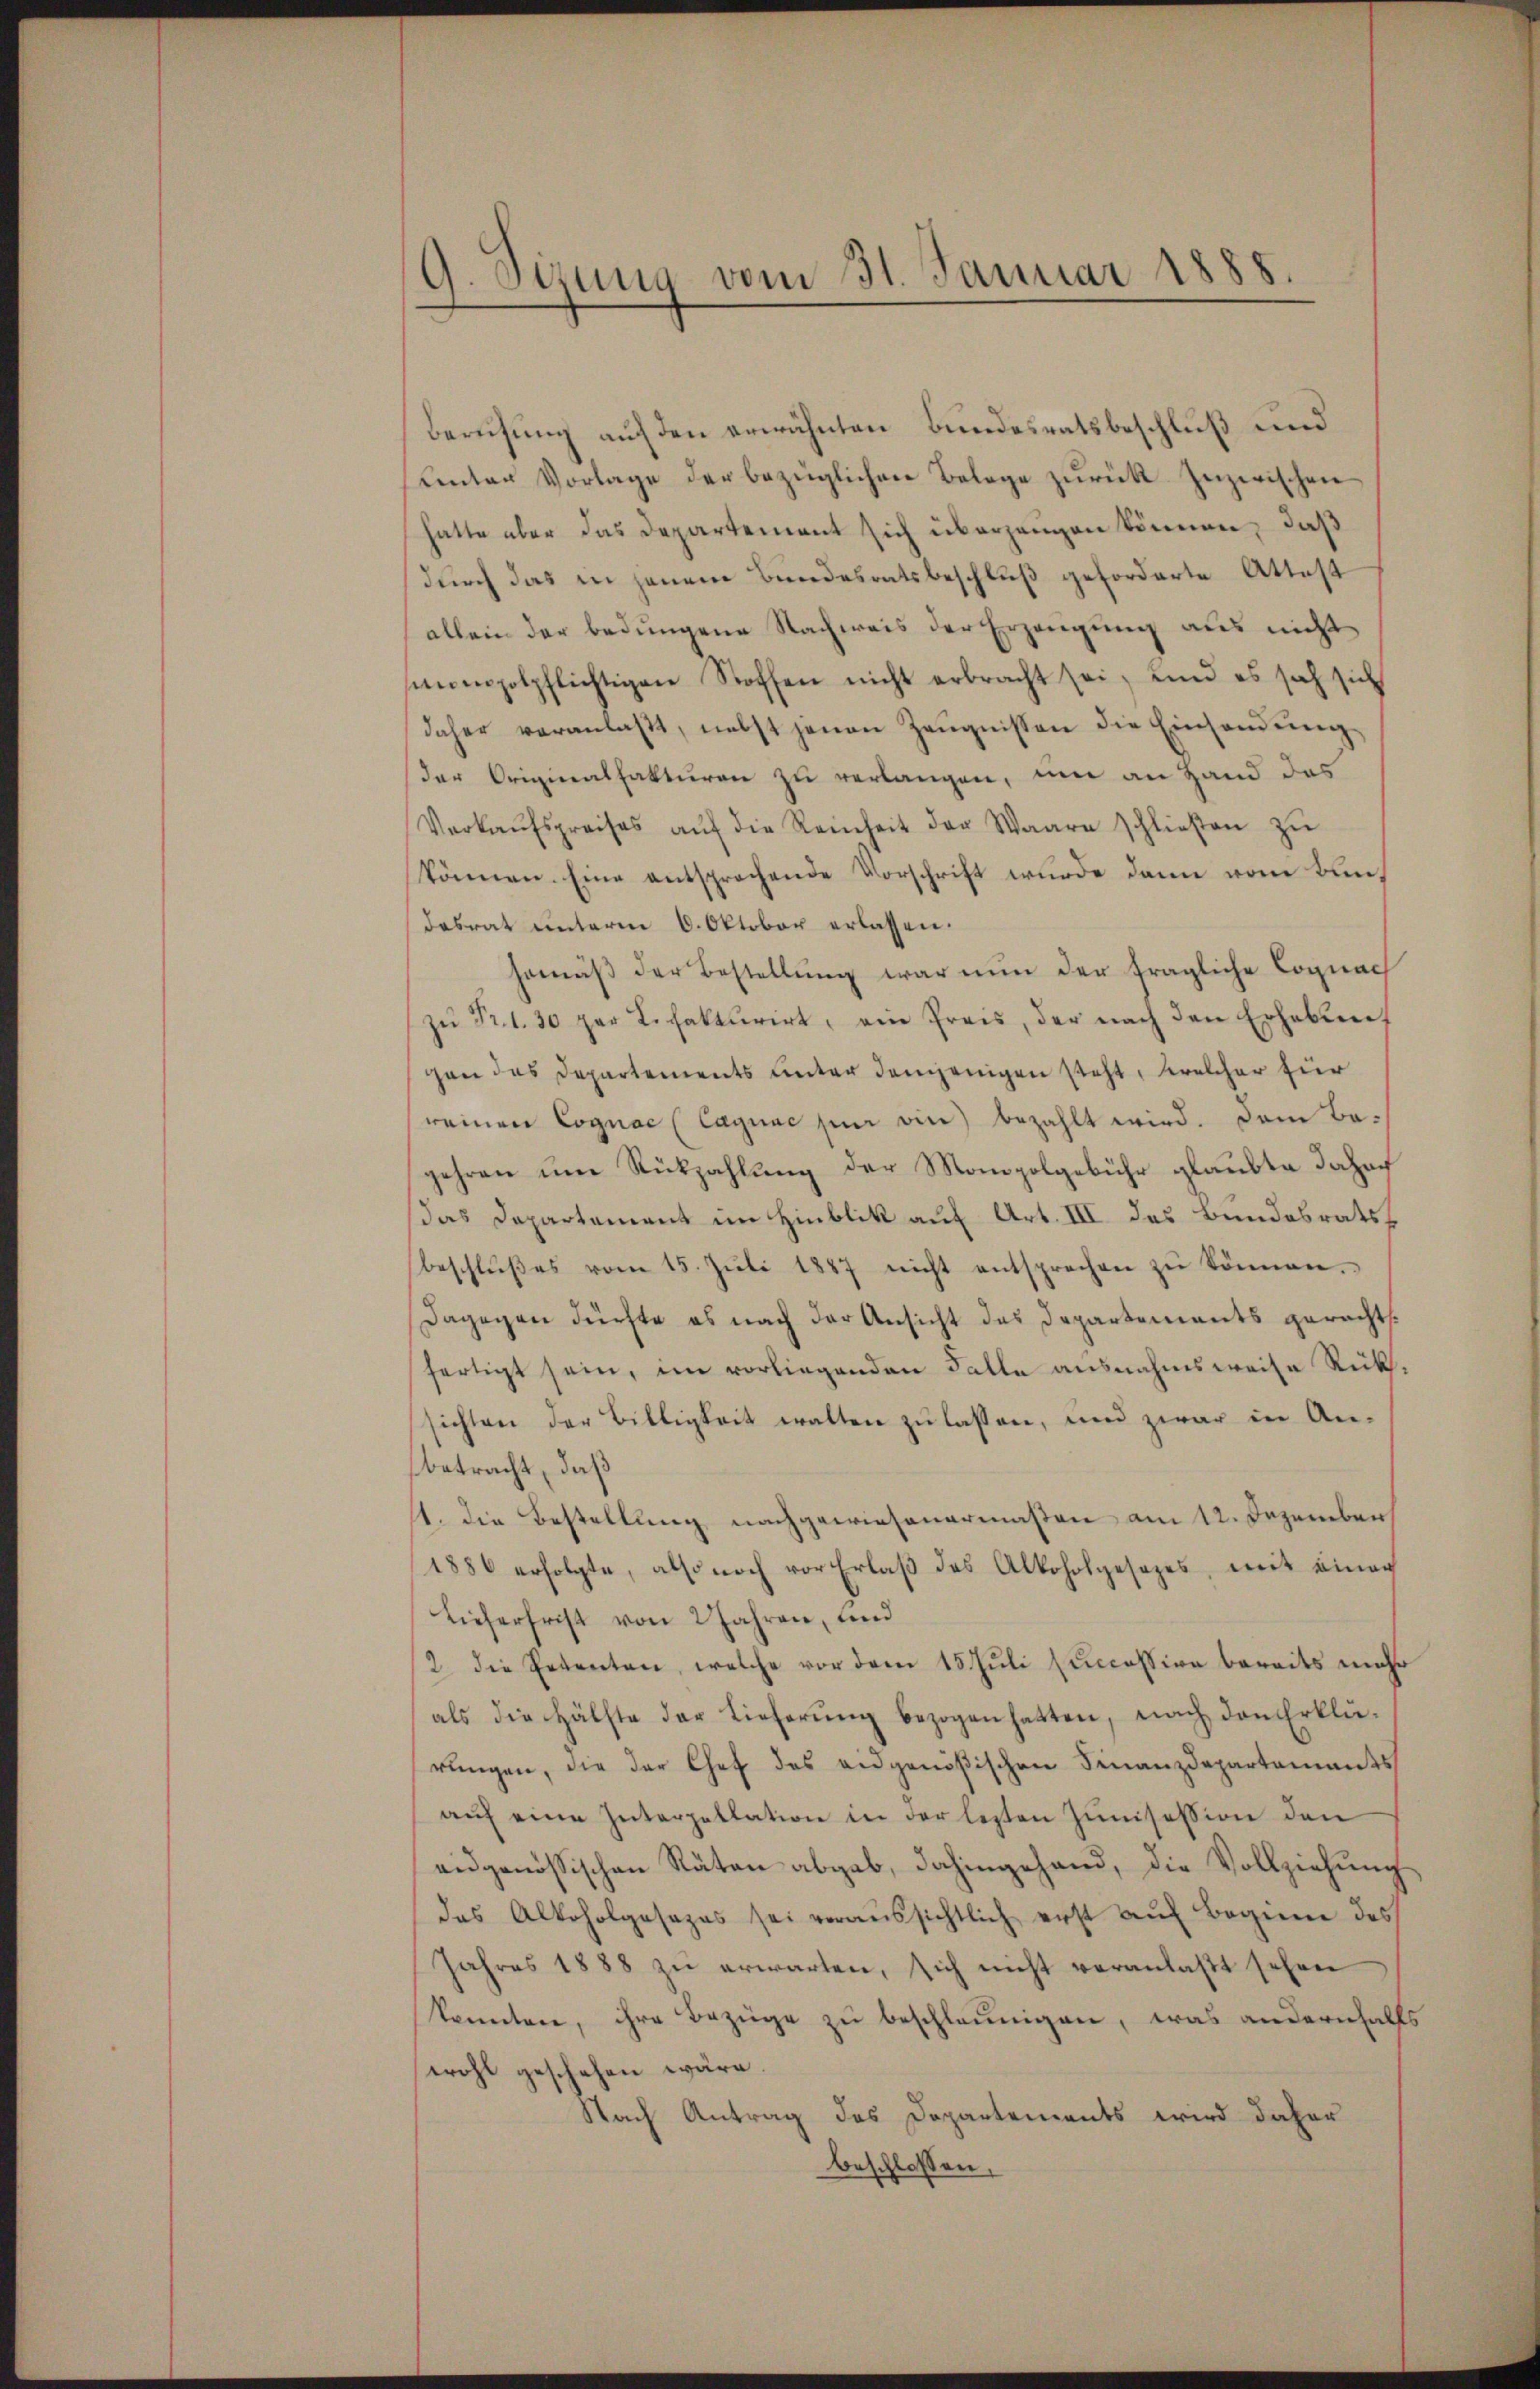
9. Sizung vom 31. Januar 1888.

Berufung auf den erwähnten Bundesratsbeschluß und
Kentar Vorlage der bezüglichen Belege zurück. Inzwischen
hatte aber das Departement sich übergangen können, daß
durch das in jenem Bundesratsbeschluß geforderte Attest
allein der bedungene Nachweis der Erzeugung aus nicht
mmholpflichtigen Stoffen nicht erbracht sei, und es sich sich
daher veranlaβt, nebst jenen Zeŭgnissen die Einsendŭng
der Originalfakturen zu verlangen, um an Hand das
Verkaŭfspreises aŭf die Reinheit der Waare schlieβen zŭ
können. Eine entsprochende Vorschrift wurde dann vom Bant
Dasrat unterm 6. Oktober erlassen.
gemäβ der Bestellŭng war nun der fragliche Cognach
zŭ Fr. 1. 30 par Lehakturirt, ein Preis, der nach den Erhaben
gen das Departements unter demjenigen steht, welcher für
reinen Cognac (Cagnac sin ein bezahlt wird. Dem Bagehren um Rückzahlung der Monopolgebühr glaubte daher
das Departement im Hinblik auf Art. III des Bundesratsbeschlŭβes vom 15. Jŭli 1887 nicht entsprechen zŭ können.
Dagegen dürfte es nach der Ansicht des Departements geracht.
fertigt sein, im vorliegenden Falle ausnahmsweise Rücks,
sichten der Billigkeit walten zu lassen, und zwar in An-
betracht, daß
11. die Bestellung nachgewiesenermaßen am 12. Dezember
1886 erfolgte, also noch vor Erlaß des Alkoholgesezes, mit einer
Lieferfrist von 2 Jahren, und
2 die Petenten, welche vor dem 15. Juli succession bereits mehr
als die Hälfte der Lieferŭng bezogen hatten, nach den Erklä-
rungen, die der Chef des eidgenößischen Finanzdepartements
aŭf eine Interpellation in der lezten Junisession den
eidgenössischen Räten abgab, dahingehand, die Vollziehŭng
das Alkoholgesezes sei voraŭssichtlich erst aŭf Beginne des
Jahres 1888 zu erwarten, sich nicht veranlaßt sehen
konnten, ihre Bezüge zu beschleunigen, was andernfalls
wohl geschehen wäre.
Nach Antrag des Departements wird daher
beschlossen,